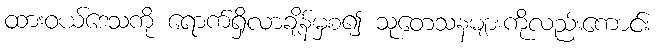
ထားဝယ်ဒေသကို ရောက်ရှိလာချိန်မှစ၍ သုတေသနများကိုလည်းကောင်း